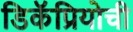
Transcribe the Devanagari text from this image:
डिकॅप्रियोची